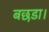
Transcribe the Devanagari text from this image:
बछडा।